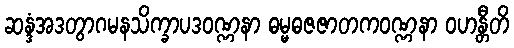
ဆန္ဒံအဒတွာဂမနသိက္ခာပဒဝဏ္ဏနာ ဓမ္မဓဇဇာတကဝဏ္ဏနာ ဝဟန္တီတိ